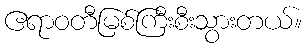
ဧရာဝတီမြစ်ကြီးစီးသွားတယ်။